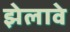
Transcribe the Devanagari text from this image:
झेलावे